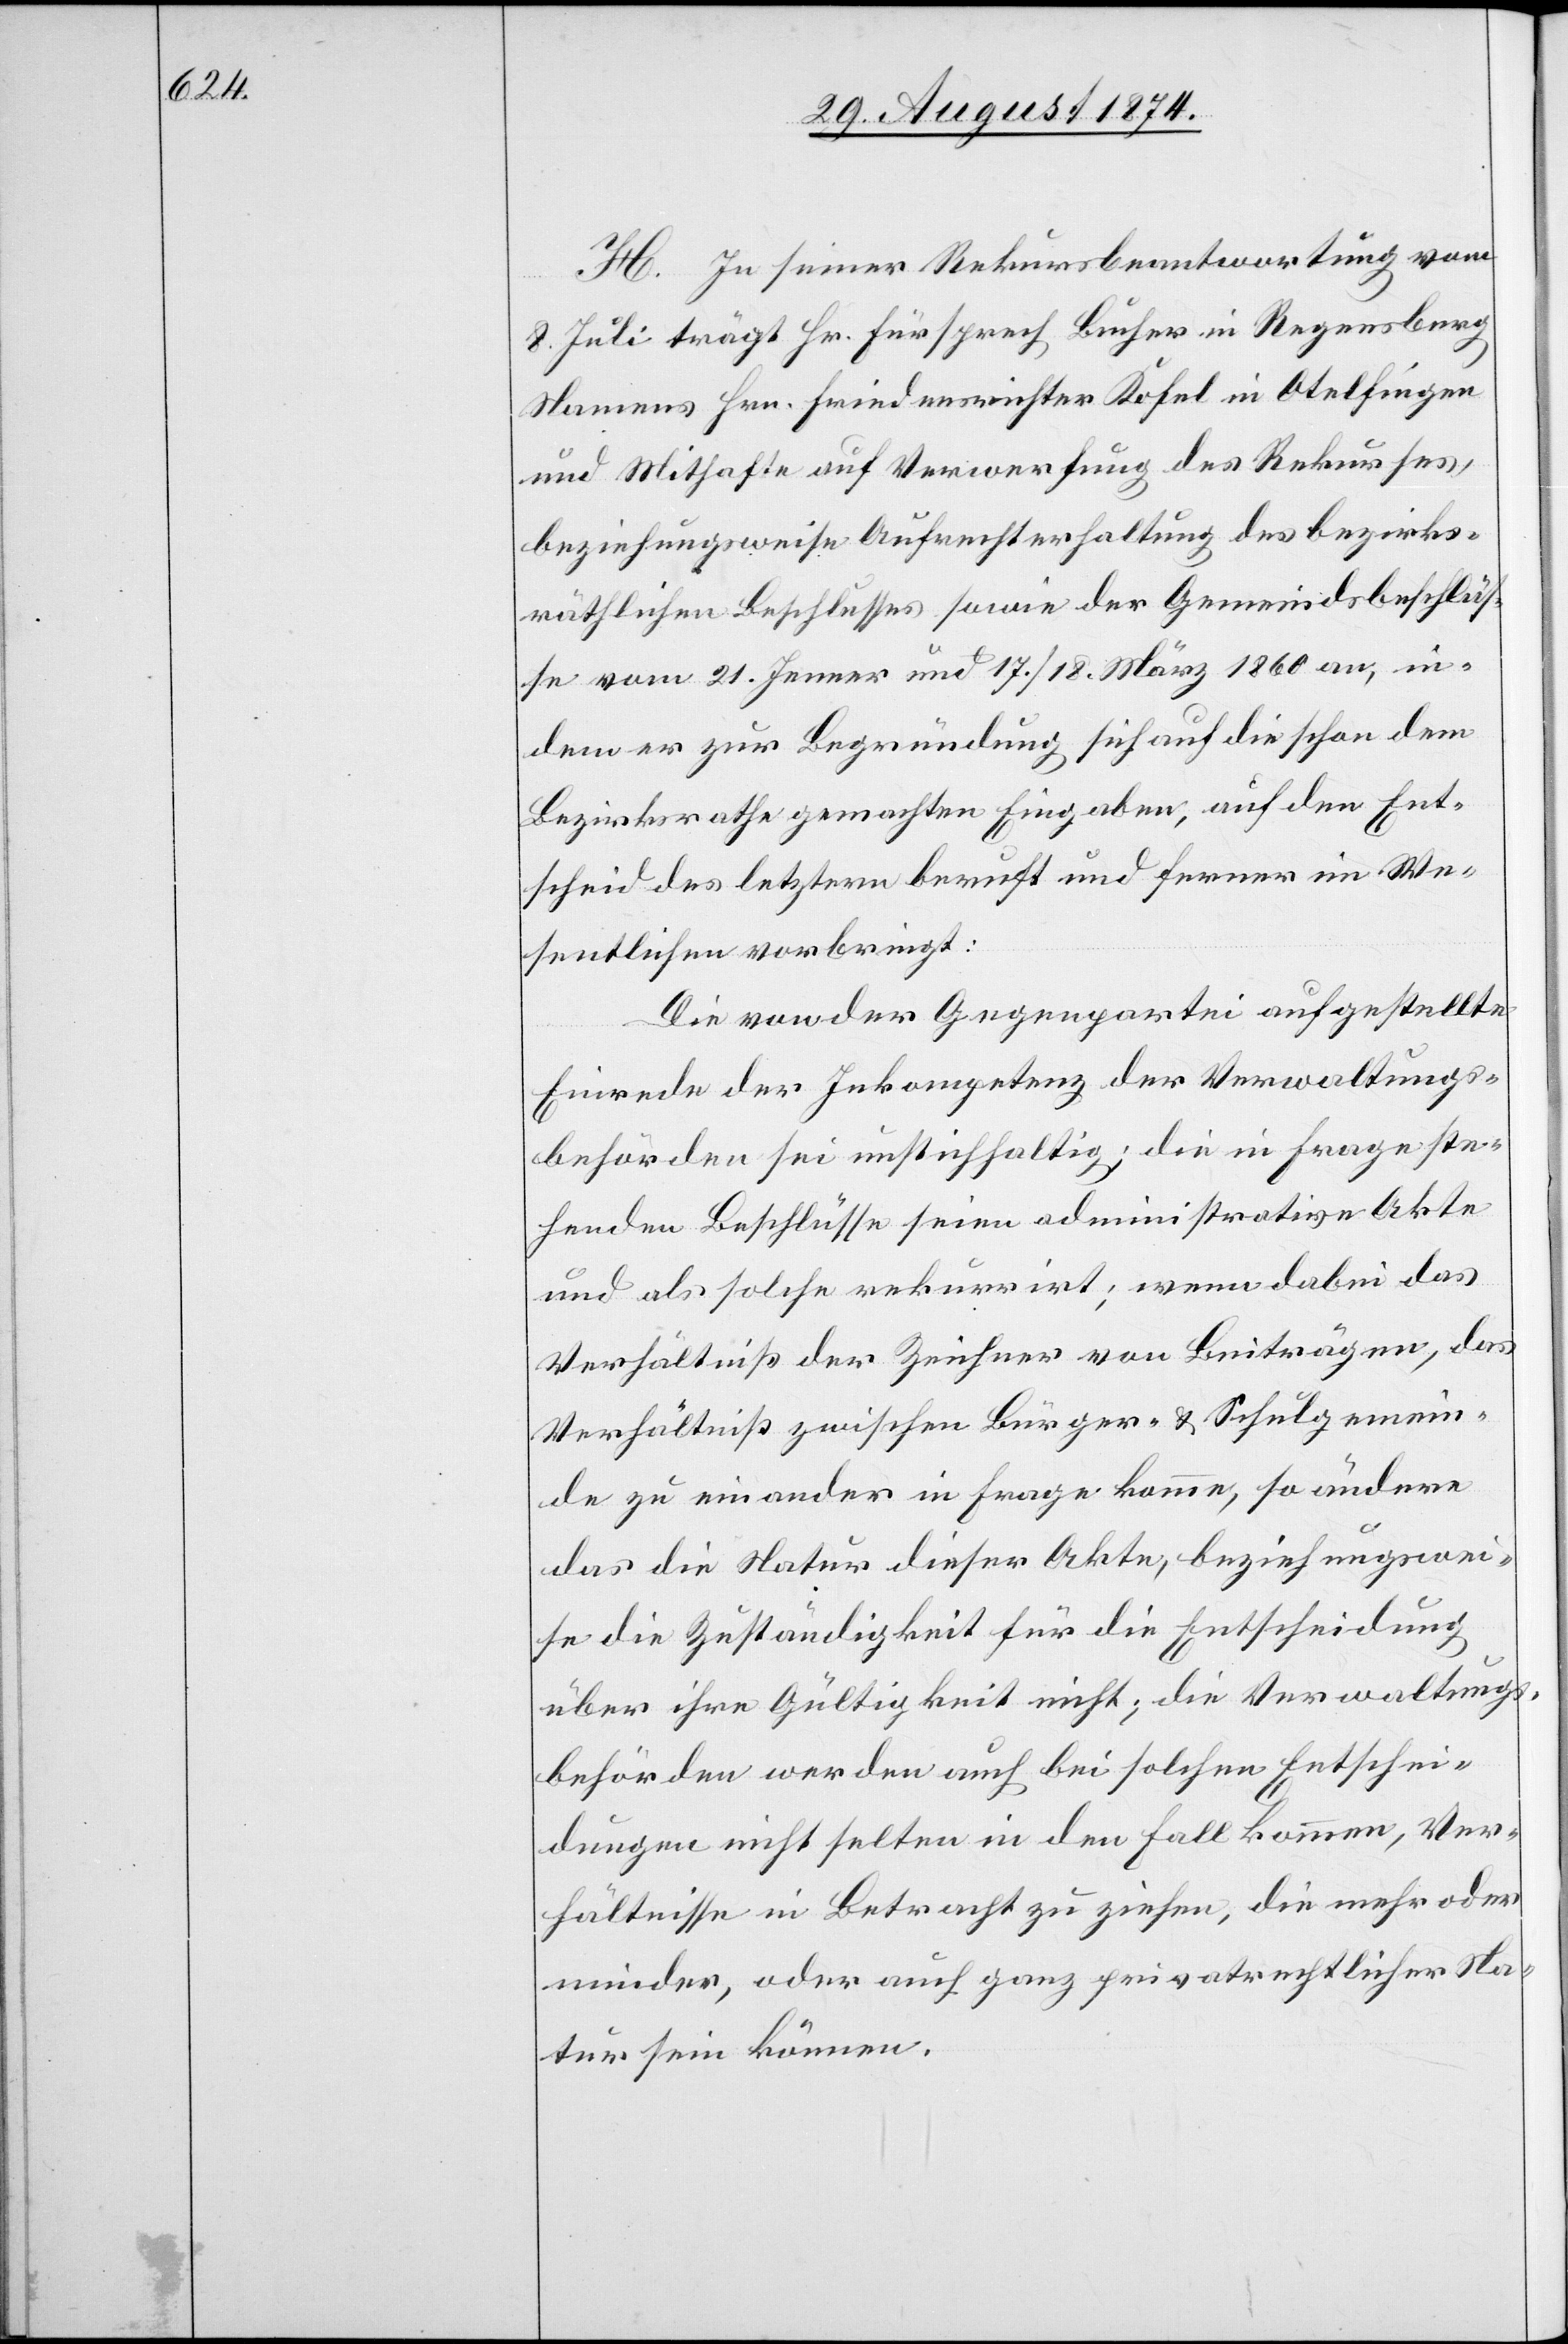
H. In seiner Rekursbeantwortung vom
8. Juli trägt Hr. Fürsprech Bucher in Regensberg
Namens Hrn. Friedensrichter Kofel in Otelfingen
und Mithafte auf Verwerfung des Rekurses,
beziehungsweise Aufrechterhaltung des bezirks¬
räthlichen Beschlusses sowie der Gemeindsbeschlüs¬
se vom 21. Jenner und 17./18. März 1860 an, in¬
dem er zur Begründung sich auf die schon dem
Bezirksrathe gemachten Eingaben, auf den Ent¬
scheid des letztern beruft und ferner im We¬
sentlichen vorbringt:
Die von der Gegenpartei aufgestellte
Einrede der Inkompetenz der Verwaltungs¬
behörden sei unstichhaltig; die in Frage ste¬
henden Beschlüsse seien administrative Akte
und als solche rekurrirt; wenn dabei das
Verhältniß der Zeichner von Beiträgen, das
Verhältniß zwischen Bürger- u. Schulgemein¬
de zu einander in Frage komme, so ändern
das die Natur dieser Akte, beziehungswei¬
se die Zuständigkeit für die Entscheidung
über ihre Gültigkeit nicht; die Verwaltungs¬
behörden werden auch bei solchen Entschei¬
dungen nicht selten in den Fall kommen, Ver¬
hältnisse in Betracht zu ziehen, die mehr oder
minder, oder auch ganz privatrechtlicher Na¬
tur sein können.